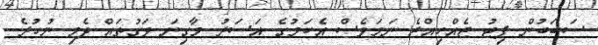
ސަބަބުން ފިޓު ޖެއްހިއްޖެ ނަމަވެސް އެކަމުގެ އަސަރު މާގިނަ ވަގުތައް ދެމި ނުހުރެ